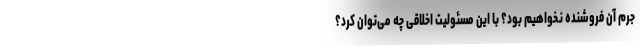
جرم آن فروشنده نخواهیم بود؟ با این مسئولیت اخلاقی چه می‌توان کرد؟